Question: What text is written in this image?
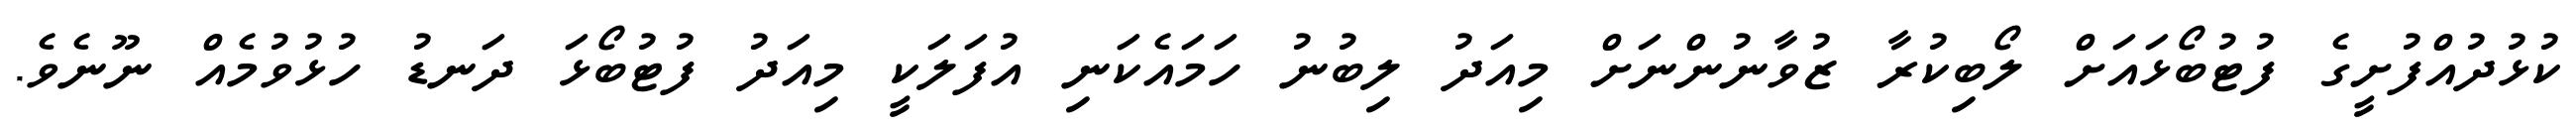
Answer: ކުޅުދުއްފުށީގެ ފުޓުބޯޅައަށް ލޯބިކުރާ ޒުވާނުންނަށް މިއަދު ލިބުނު ހަމައެކަނި އުފަލަކީ މިއަދު ފުޓުބޯޅަ ދަނޑު ހުޅުވުމެއް ނޫނެވެ.